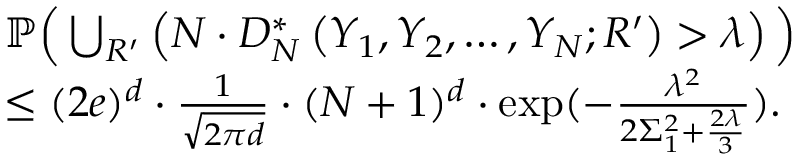
\begin{array} { r l } & { \mathbb { P } \Big ( \bigcup _ { R ^ { \prime } } \left( N \cdot D _ { N } ^ { * } \left( Y _ { 1 } , Y _ { 2 } , \ldots , Y _ { N } ; R ^ { \prime } \right) > \lambda \right) \Big ) } \\ & { \leq ( 2 e ) ^ { d } \cdot \frac { 1 } { \sqrt { 2 \pi d } } \cdot ( N + 1 ) ^ { d } \cdot \exp ( - \frac { \lambda ^ { 2 } } { 2 \Sigma _ { 1 } ^ { 2 } + \frac { 2 \lambda } { 3 } } ) . } \end{array}